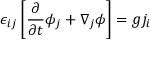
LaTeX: \epsilon _ { i j } \left[ { \frac { \partial } { \partial t } } \phi _ { j } + \nabla _ { j } \phi \right] = g j _ { i }